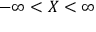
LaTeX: - \infty < X < \infty